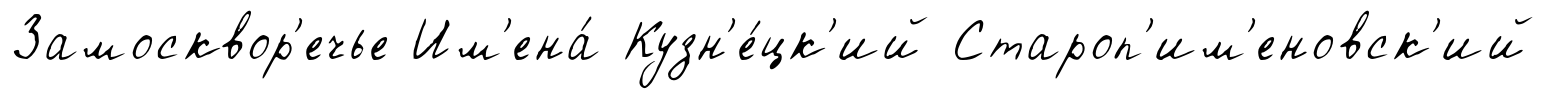
Замосквор'ечье Им'ена́ Кузн'е́цк'ий Староп'им'еновск'ий